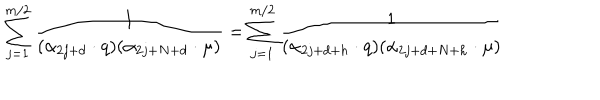
\sum _ { j = 1 } ^ { m / 2 } { \frac { 1 } { ( \alpha _ { 2 j + d } \cdot q ) ( \alpha _ { 2 j + N + d } \cdot \mu ) } } = \sum _ { j = 1 } ^ { m / 2 } { \frac { 1 } { ( \alpha _ { 2 j + d + h } \cdot q ) ( \alpha _ { 2 j + d + N + h } \cdot \mu ) } }